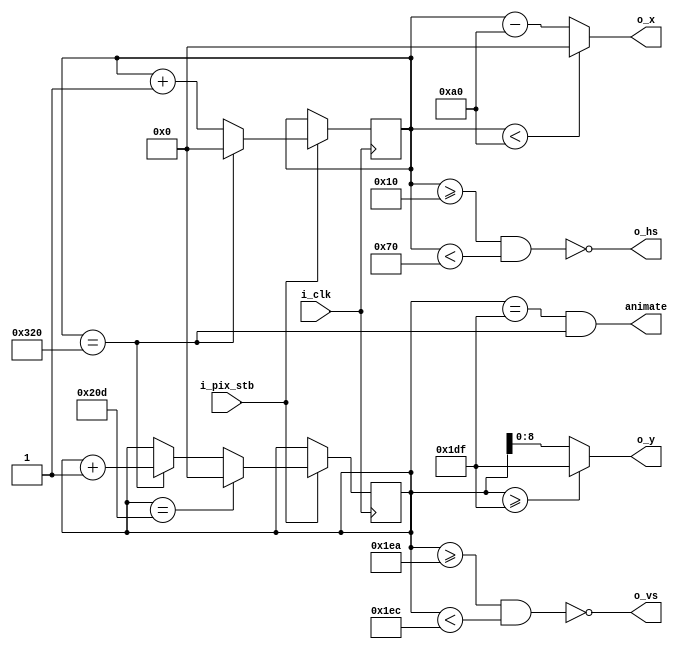
`timescale 1ns / 1ps
//////////////////////////////////////////////////////////////////////////////////
// Company: 
// Engineer: 
// 
// Design Name: 
// Module Name: vga640x480
// Project Name: 
// Target Devices: 
// Tool Versions: 
// Description: 
// 
// Dependencies: 
// 
// Revision:
// Revision 0.01 - File Created
// Additional Comments:
// 
//////////////////////////////////////////////////////////////////////////////////


module vga640x480(
    input wire i_clk,           // base clock
    input wire i_pix_stb,       // pixel clock strobe
    output wire o_hs,           // horizontal sync
    output wire o_vs,           // vertical sync
    output wire [9:0] o_x,      // current pixel x position
    output wire [8:0] o_y,       // current pixel y position
    output wire animate
    );

    // VGA timings https://timetoexplore.net/blog/video-timings-vga-720p-1080p
    localparam HS_STA = 16;              // horizontal sync start
    localparam HS_END = 16 + 96;         // horizontal sync end
    localparam HA_STA = 16 + 96 + 48;    // horizontal active pixel start(where every line's drawing starts) 

    localparam VS_STA = 480 + 10;        // vertical sync start
    localparam VS_END = 480 + 10 + 2;    // vertical sync end
    localparam VA_END = 480;             // vertical active pixel end (where the screen's drawing ends)
    localparam LINE   = 800;             // complete line (pixels)
    localparam SCREEN = 525;             // complete screen (lines)

    reg [9:0] h_count;  // line position
    reg [9:0] v_count;  // screen position
    
    assign o_hs = ~((h_count >= HS_STA) & (h_count < HS_END)); // 1 outside the screen
    assign o_vs = ~((v_count >= VS_STA) & (v_count < VS_END)); // 1 outside the screen

    // keep x and y bound within the active pixels
    assign o_x = (h_count < HA_STA) ? 0 : (h_count - HA_STA); // when h_count<HA_STA, x will be 0, else h_count-HA_STA
    assign o_y = (v_count >= VA_END - 1) ? (VA_END - 1 ) : (v_count); // when v_count>=VA_END, y will be VA_END-1, else v_count
    
    // animate: high for one tick at the end of the final active pixel line
    assign animate = ((v_count == VA_END - 1) & (h_count == LINE)); // v_count < 480


    always @ (posedge i_clk) 
    begin
        if (i_pix_stb)  // once per pixel
        begin
            if (h_count == LINE)  // end of line
            begin
                h_count <= 0; // reset to 0 when line ends
                v_count <= v_count + 1;
            end
            else 
                h_count <= h_count + 1;

            if (v_count == SCREEN)  // end of screen
                v_count <= 0; // reset to 0 when screen ends
            else;
        end
    end
endmodule